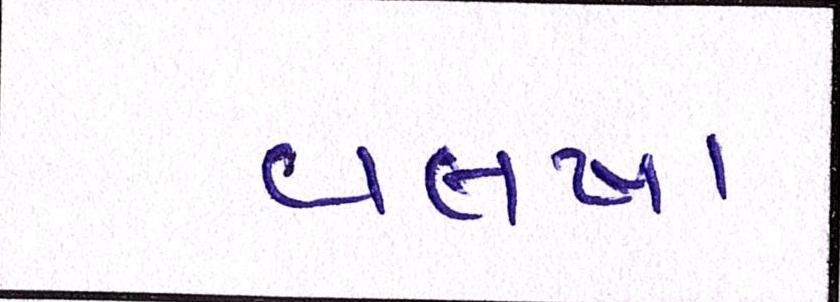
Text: વલખા